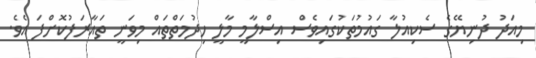
މިއަދު ދުނިޔޭގެ ސެކިއުލާ ގައުމުތަކުގައިވެސް އިސްލާމީ މާލީ ހިދުމަތްތައް މިވަނީ ތައާރަފުކޮށްފަ އެވެ.